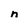
Character: n